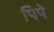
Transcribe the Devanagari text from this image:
पिपे